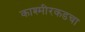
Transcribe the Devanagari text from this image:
काश्मीरकडचा